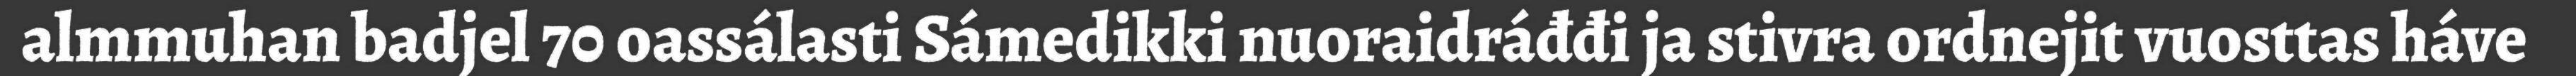
almmuhan badjel 70 oassálasti Sámedikki nuoraidráđđi ja stivra ordnejit vuosttas háve